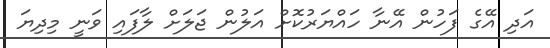
އަދި އޭގެ ފަހުން އޭނާ ހައްޔަރުކޮށް އަލުން ޖަލަށް ލާފައި ވަނީ މިދިޔަ